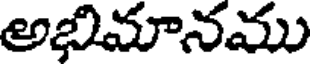
అభిమానము